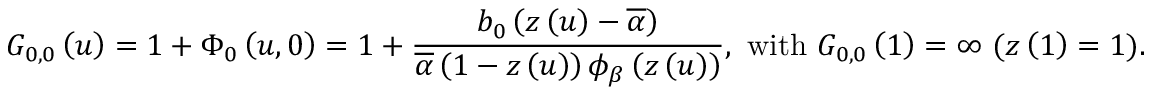
G _ { 0 , 0 } \left( u \right) = 1 + \Phi _ { 0 } \left( u , 0 \right) = 1 + \frac { b _ { 0 } \left( z \left( u \right) - \overline { { \alpha } } \right) } { \overline { { \alpha } } \left( 1 - z \left( u \right) \right) \phi _ { \beta } \left( z \left( u \right) \right) } \mathrm { , ~ w i t h ~ } G _ { 0 , 0 } \left( 1 \right) = \infty \mathrm { ~ ( } z \left( 1 \right) = 1 \mathrm { ) . }